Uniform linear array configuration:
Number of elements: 4
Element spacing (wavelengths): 1
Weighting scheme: hann
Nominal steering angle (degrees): -45
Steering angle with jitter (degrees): -43.946
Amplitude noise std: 0.05
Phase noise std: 0.05

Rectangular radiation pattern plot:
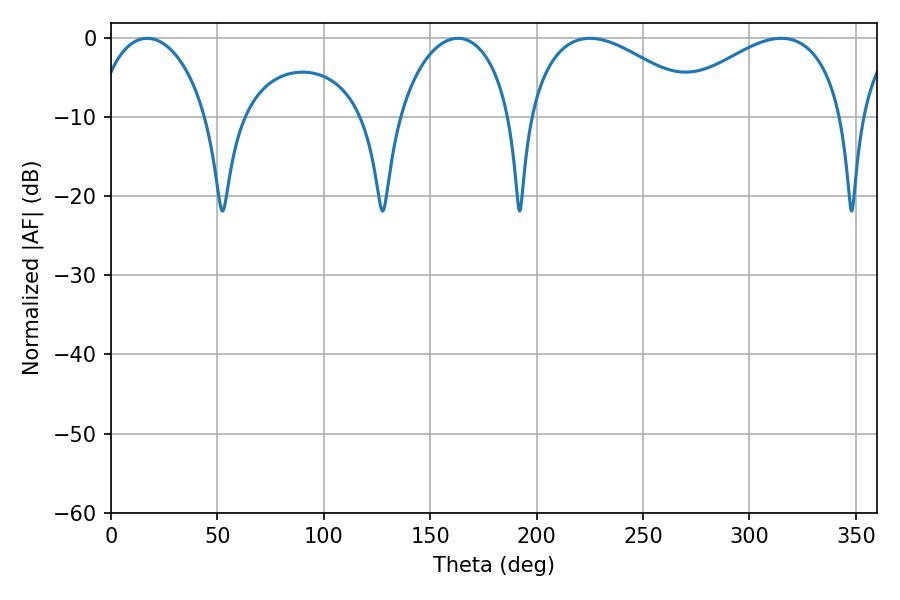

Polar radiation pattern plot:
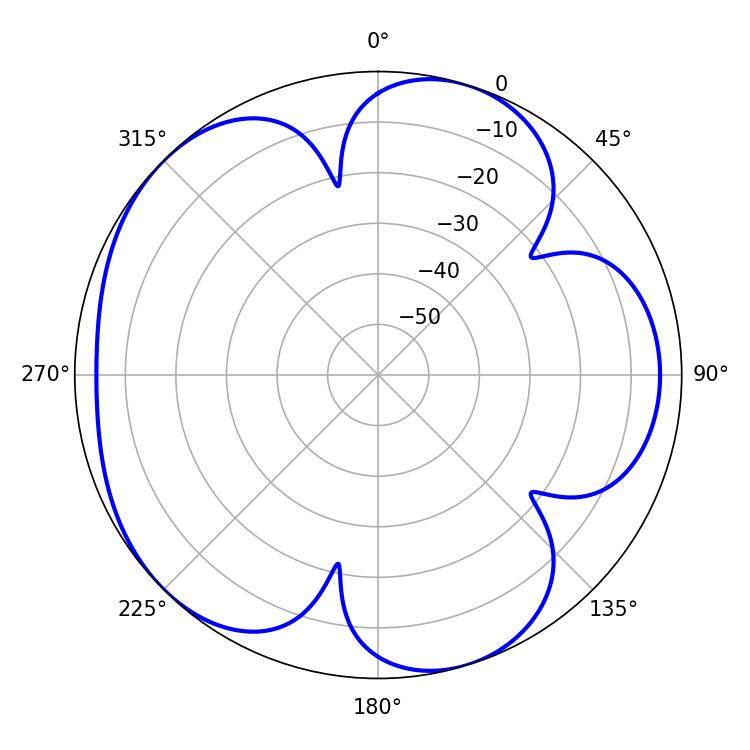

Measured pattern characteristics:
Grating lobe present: TRUE
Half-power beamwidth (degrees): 46.08
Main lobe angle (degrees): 225